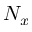
N _ { x }